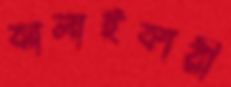
ঝালাইকারী